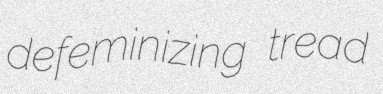
defeminizing tread